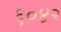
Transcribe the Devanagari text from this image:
६०४२